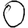
Digit: 0